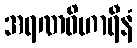
အရဏဝိဟာရီနံ